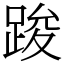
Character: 踆